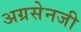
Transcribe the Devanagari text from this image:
अग्रसेनजी